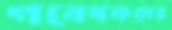
গবেষকদের